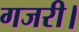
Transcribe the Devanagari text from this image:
गजरी।